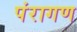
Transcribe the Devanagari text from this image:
पंरागण